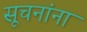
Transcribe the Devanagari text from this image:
सूचनांना